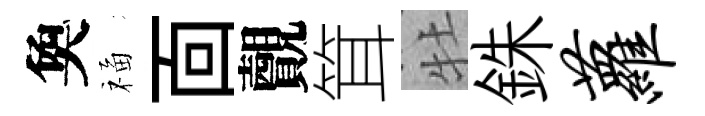
奐福靣覿䇯牡銖萝